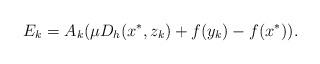
LaTeX: \begin{align*}E_{k} = A_k(\mu D_h(x^\ast, z_k)+ f(y_k) - f(x^\ast)). \end{align*}